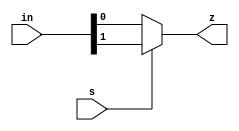
`timescale 1ns / 1ps
//////////////////////////////////////////////////////////////////////////////////
// Company: 
// Engineer: 
// 
// Design Name: 
// Module Name: mux_2_1
// Project Name: 
// Target Devices: 
// Tool Versions: 
// Description: 
// 
// Dependencies: 
// 
// Revision:
// Revision 0.01 - File Created
// Additional Comments:
// 
//////////////////////////////////////////////////////////////////////////////////


/*module mux_2_1(z,in,s);
    input [3:0] in;
    input s;
    output z;
assign z= s ? in[1] : in[0];
endmodule */

/*module mux_2_1(z,in,s);
    input [1:0] in;
    input s;
    output reg z;
  always @(*) begin
    case (s)
    1'b0: z = in[0];
    1'b1: z = in[1];
    default: z = 0;
  endcase
 end
endmodule*/

module mux_2_1(z,in,s);
    input [1:0] in;
    input s;
    output reg z;
  always @(*) begin
    if (s==1'b0)
        z=in[0];
    else 
        z=in[1];
        end
    endmodule